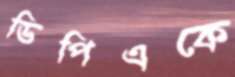
ডিপিএকে